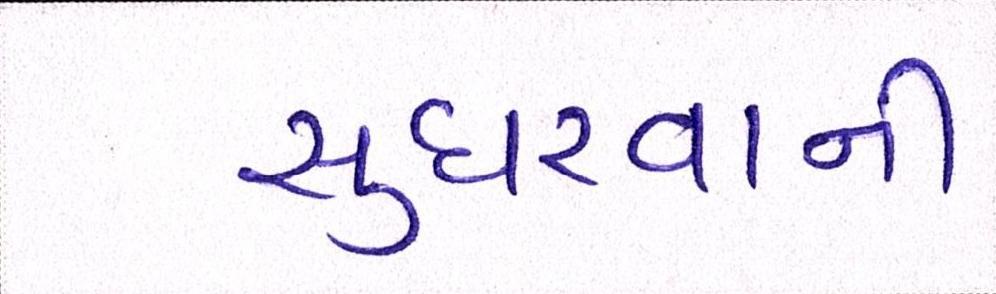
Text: સુધરવાની